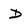
Character: D